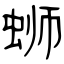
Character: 蛳